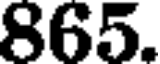
865.